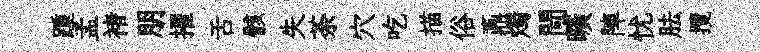
踵孟褚朋擢舌骸失荼穴吃描俗鼒燭閜曠陣忧胠攬